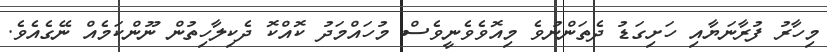
މިހާރު ފުރާނަޔާއި ހަށިގަޑު ދެތަންނުވެ މިއޮވެވެނީވެސް މުހައްމަދު ކޮއްކޮ ދެކިލާހިތުން ނޫންކަމެއް ނޭގެއެވެ.